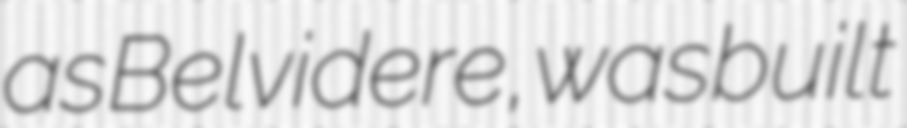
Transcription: as Belvidere, was built